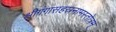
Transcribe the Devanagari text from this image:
श्रीगंगासहस्रनामस्तोत्रम्